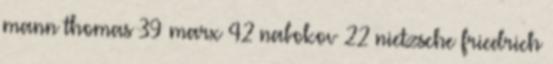
mann thomas 39 marx 42 nabokov 22 nietzsche friedrich